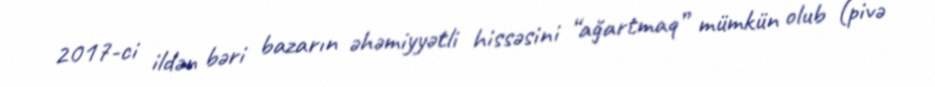
2017-ci ildən bəri bazarın əhəmiyyətli hissəsini “ağartmaq” mümkün olub (pivə